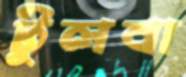
টুলবা